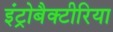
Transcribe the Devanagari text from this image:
इंट्रोबैक्टीरिया